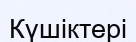
Күшіктері